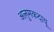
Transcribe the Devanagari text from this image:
अलुमकदावू